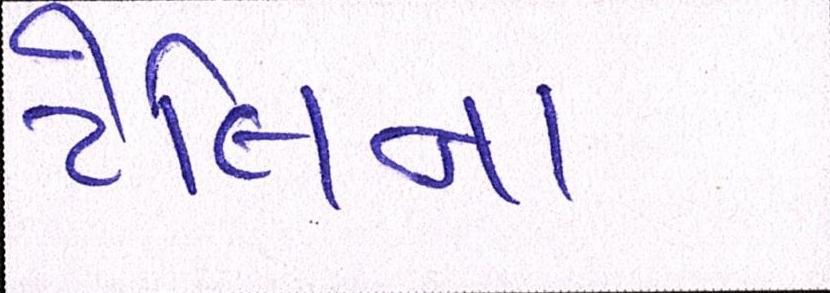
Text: ટેલિના